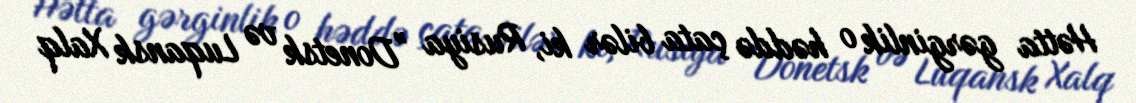
Hətta gərginlik o həddə çata bilər ki, Rusiya ”Donetsk və Luqansk Xalq